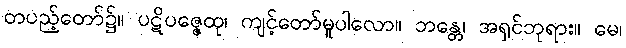
တပည့်တော်၌။ ပဋိပဇ္ဇေထု၊ ကျင့်တော်မူပါလော။ ဘန္တေ၊ အရှင်ဘုရား။ မေ၊